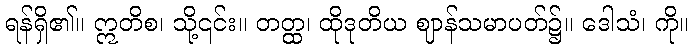
ရန်ရှိ၏။ ဣတိစ၊ သို့၎င်း။ တတ္ထ၊ ထိုဒုတိယ ဈာန်သမာပတ်၌။ ဒေါသံ၊ ကို။